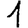
Digit: 1